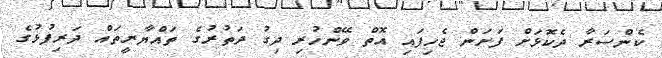
ކެންސަރާ ދެކޮޅަށް ފަށަން ޖެހިފައި އޮތް ވޭންހުރި ދިގު ދަތުރުގެ ތައްޔާރީތައް ދަރިފުޅުގެ